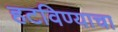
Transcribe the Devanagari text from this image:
हटविण्याचा